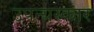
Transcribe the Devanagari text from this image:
उपन्यस्कार